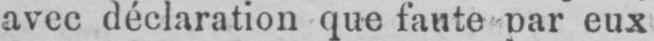
avec déclaration que faute par eux